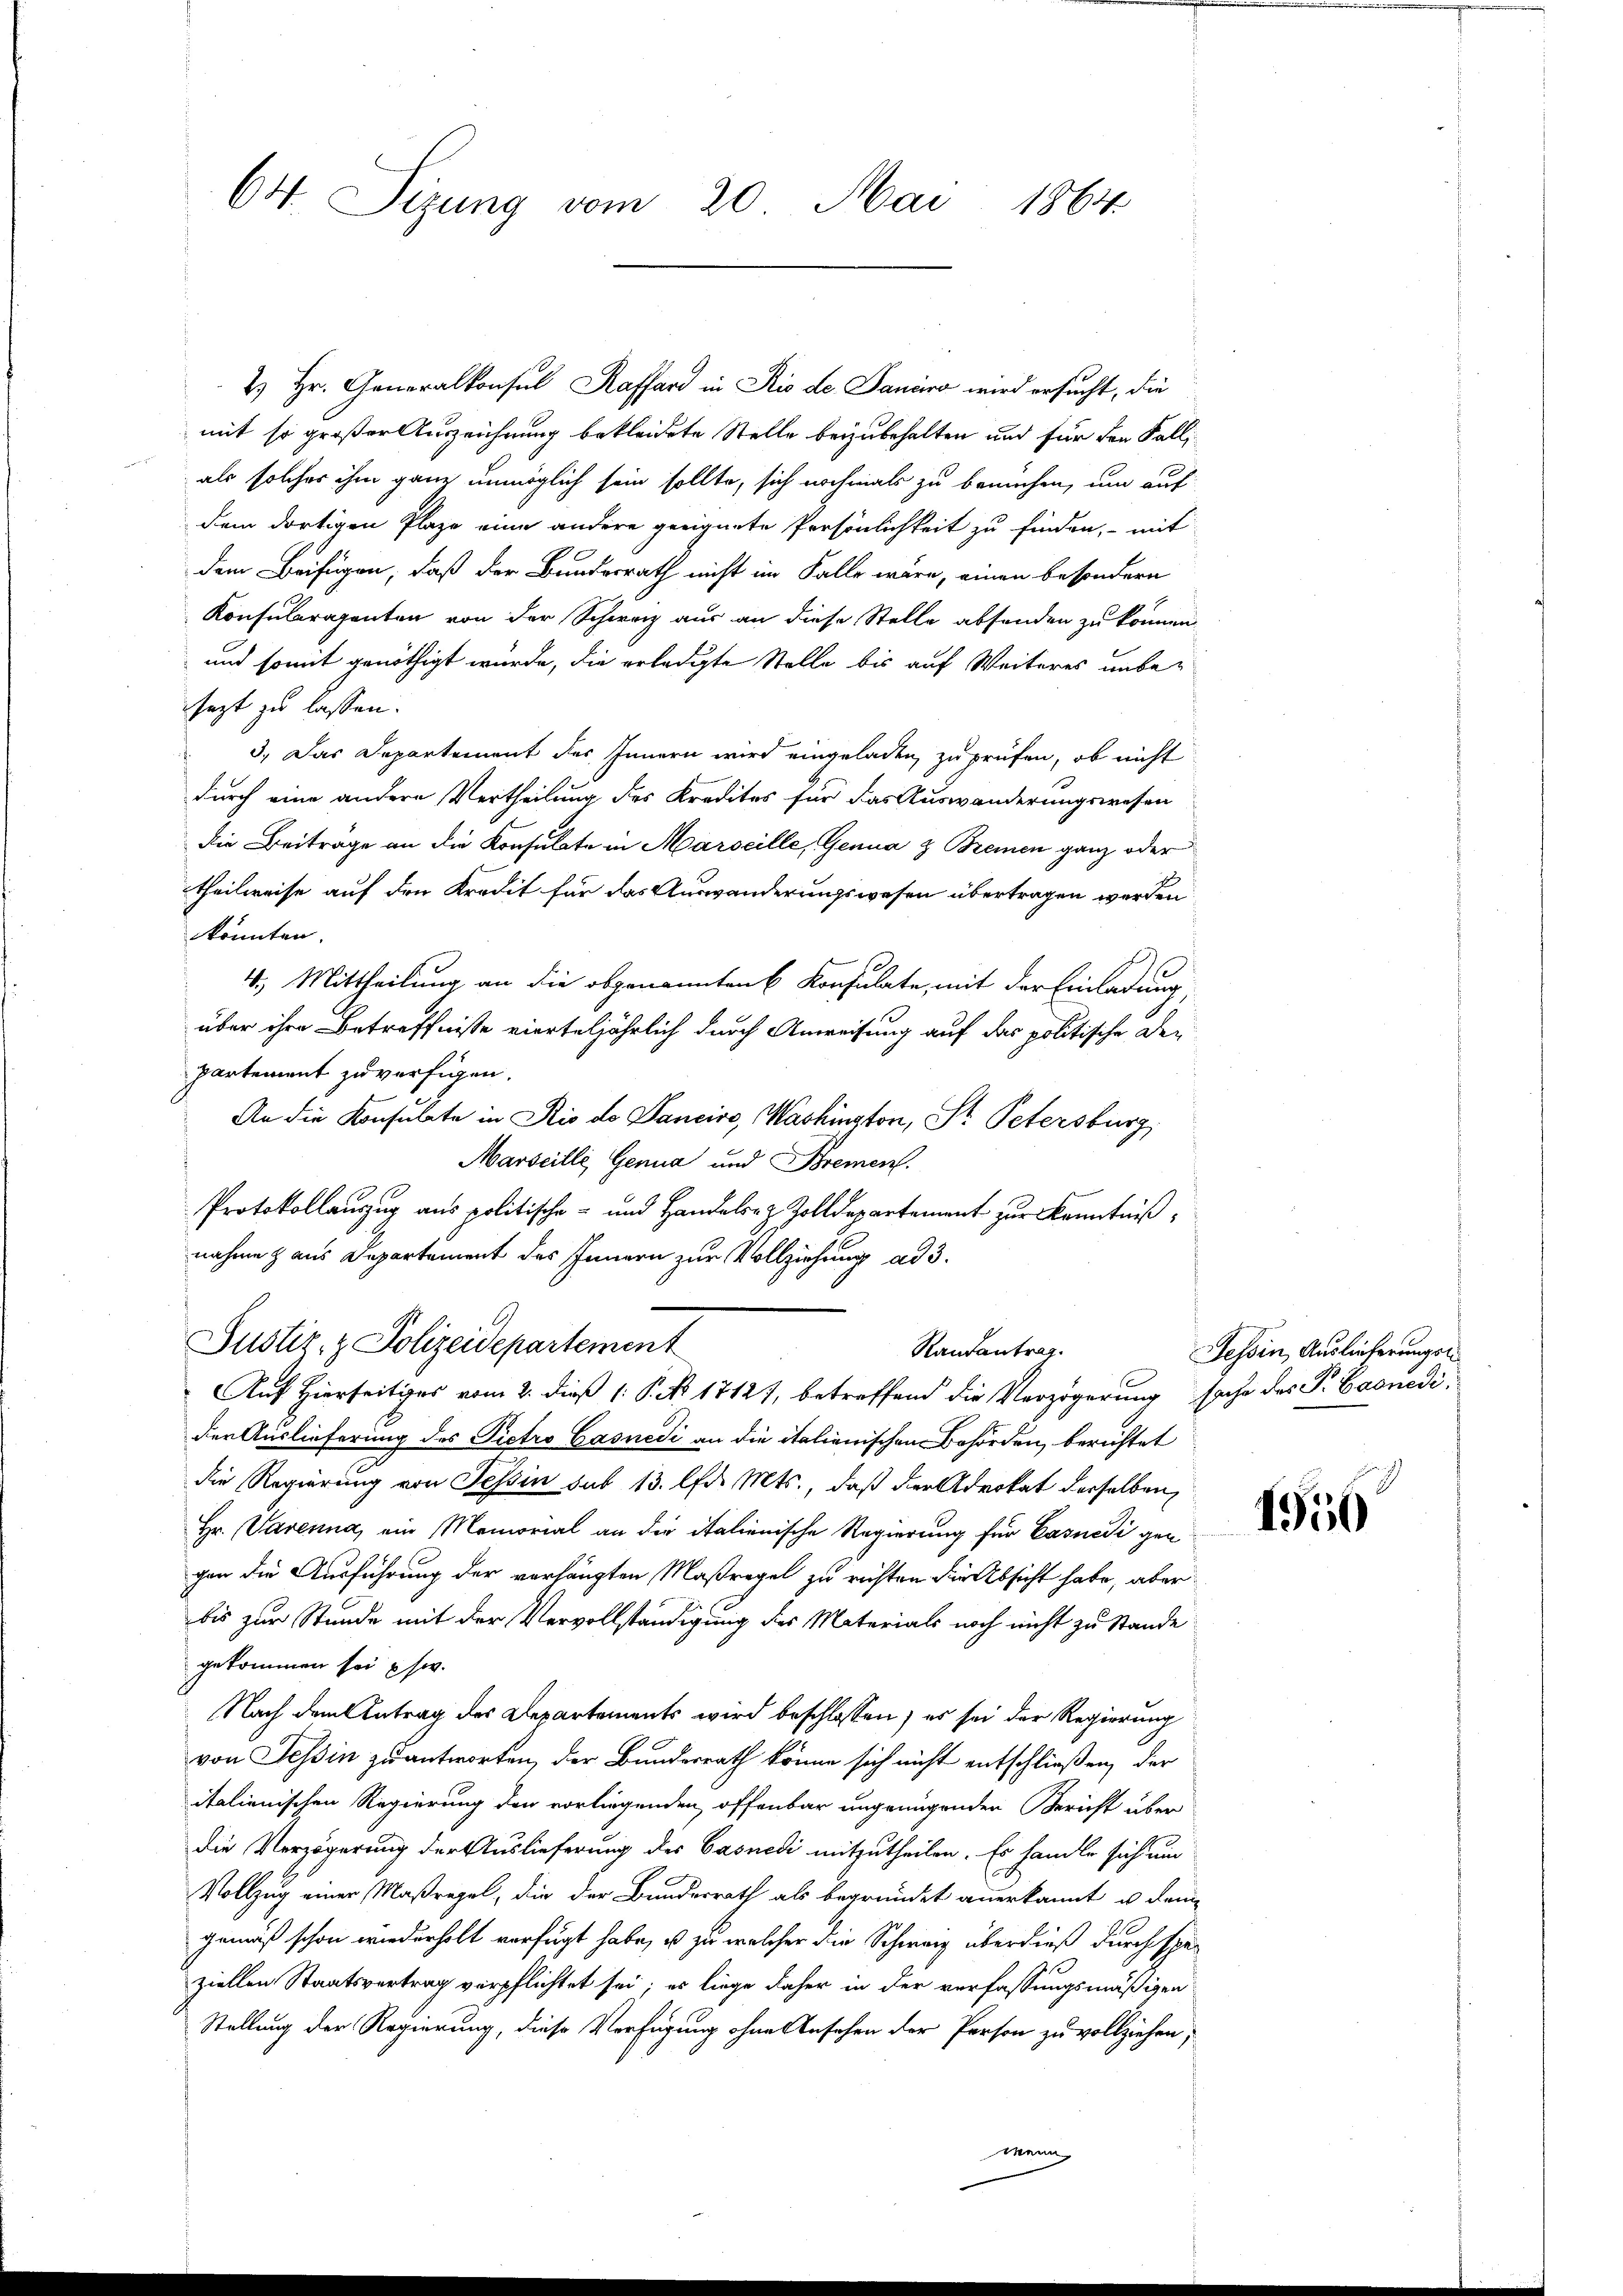
64. Sizung vom 20. Mai 1864

2) Hr. Generalkonsul Kaffend in Rio de Janeiro wird ersucht, die
mit so großer Auszeichnung bekleidete Stelle beizubehalten und für den Falli
als solches ihm ganz unmöglich sein sollte, sich nochmals zu bemühen, um auf
dem dortigen Plaze eine andere geeignete Persönlichkeit zu finden, mit
dem Beifügen, daß der Bundesrath nicht im Falle wäre, einen besondern
Konsularagenten von der Schweiz aus an diese Stelle absenden zu können.
und somit genöthigt würde, die erledigte Stelle bis auf Weiteres unbejezt zu lassen.
3. Das Departement des Innern wird eingeladen, zu prüfen, ob nicht
1
durch eine andere Vertheilung des Kredites für das Auswanderungswesen
die Beitrage an die Konsulate in Marseille, Genua & Bremen ganz oder
theilweise auf den Kredit für das Auswanderungswesen übertragen werden
könnten.
4.) Mittheilung an die obgenannten 6 Konsulate, mit der Einladung,
über ihre Betreffnisse vierteljährlich durch Anweisung auf das politische Departement zuverfigen.
An die Konsulate in Rio de Pancire, Washington, St. Petersburg,
Marseille Genua und Brement.
Protokollauszug aus politische- und Handelsrz Zolldepartement zur Kenntniß
nahme aus Departement des Innern zur Vollziehung ad 3.

der Auslieferung des Pietro Gasnedi an die italienischen Behörden, berichtet
die Regierung von Tessin sub 13. lfd. Mts., daß der Advokat derselben
Hr. Parenna, ein Memorial an die italienische Regierung für Casnedigen
gen die Ausführung der verhängten Maßregel zu richten die Absicht habe, aber
bis zur Stunde mit der Vervollständigung des Materials noch nicht zu Stande
gekommen sei usw.
Nach dem Antrag des Departements wird beschlossen; es sei der Regierung
von Tessin zu antworten, der Bundesrath könne sich nicht entschließen, der
italienischen Regierung den vorliegenden offenbar ungenügenden Bericht über
die Verzögerung der Auslieferung des Casnedi mitzutheilen. Es handle sich und
Vollzug einer Maßregel, die der Bundesrath als begründet anerkannt u. dem
gemäß schon wiederholt verfügt habe, es zu welcher die Schweiz überdieß durch speziellen Staatsvertrag verpflichtet sei; es liege daher in der verfassungsmäßigen
Stellung der Regierung, diese Verfügung ohne Ansehen der Person zu vollziehen,
Mein

Justiz- & Polizeidepartement
Randantrag.
Auf Hierseitiges vom 2. dieß 1: P. Nr. 1812, betreffend die Verzögerung sache des P. Evenedi¬

Tessin, Auslieferungs

1956